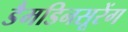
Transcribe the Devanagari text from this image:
डैमडिनसूरेंग